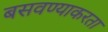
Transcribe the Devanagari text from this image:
बसवण्याकरता